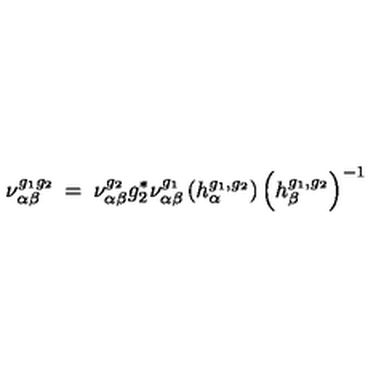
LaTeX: \nu _ { \alpha \beta } ^ { g _ { 1 } g _ { 2 } } \: = \: \nu _ { \alpha \beta } ^ { g _ { 2 } } g _ { 2 } ^ { * } \nu _ { \alpha \beta } ^ { g _ { 1 } } \left( h _ { \alpha } ^ { g _ { 1 } , g _ { 2 } } \right) \left( h _ { \beta } ^ { g _ { 1 } , g _ { 2 } } \right) ^ { - 1 }